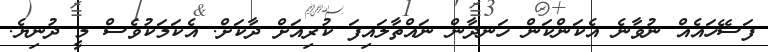
ފަސޭހައެއް ނުވާނެ އެކަންކަން ހަނދާން ނައްތާލައިފަ ކުރިއަށް ދާކަށް. އެކަމަކުވެސް މީ ދުނިޔެ.